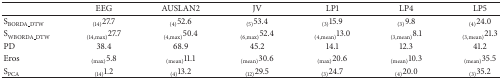
<table><thead><tr><td><b> </b></td><td><b>EEG</b></td><td><b>AUSLAN2</b></td><td><b>JV</b></td><td><b>LP1</b></td><td><b>LP4</b></td><td><b>LP5</b></td></tr></thead><tbody><tr><td>S<sub>BORDA_DTW</sub></td><td><sub>(14)</sub>27.7</td><td><sub>(4)</sub>52.6</td><td><sub>(5)</sub>53.4</td><td><sub>(3)</sub>15.9</td><td><sub>(3)</sub>9.8</td><td><sub>(4)</sub>24.0</td></tr><tr><td>S<sub>WBORDA_DTW</sub></td><td><sub>(14,max)</sub>27.7</td><td><sub>(4,max)</sub>50.4</td><td><sub>(6,max)</sub>52.4</td><td><sub>(4,mean)</sub>13.0</td><td><sub>(3,mean)</sub>8.1</td><td><sub>(3,mean)</sub>21.3</td></tr><tr><td>PD</td><td>38.4</td><td>68.9</td><td>45.2</td><td>14.1</td><td>12.3</td><td>41.2</td></tr><tr><td>Eros</td><td><sub>(max)</sub>5.8</td><td><sub>(mean)</sub>11.1</td><td><sub>(mean)</sub>30.6</td><td><sub>(max)</sub>20.6</td><td><sub>(mean)</sub>10.3</td><td><sub>(mean)</sub>35.5</td></tr><tr><td>S<sub>PCA</sub></td><td><sub>(14)</sub>1.2</td><td><sub>(4)</sub>13.2</td><td><sub>(12)</sub>29.5</td><td><sub>(3)</sub>24.7</td><td><sub>(4)</sub>20.0</td><td><sub>(3)</sub>35.2</td></tr></tbody></table>